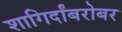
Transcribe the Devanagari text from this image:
शागिर्दांबरोबर